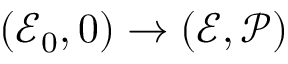
( \mathscr { E } _ { 0 } , 0 ) \to ( \mathscr { E } , \mathscr { P } )